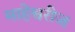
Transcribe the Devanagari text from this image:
माहेश्वरीज